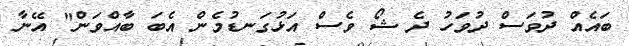
ބައެއް ދުވަސް ދުވަހު ދެ ޝޯ ވެސް އަޅުގަނޑުމެން އެބަ ބާއްވަން" އޭނާ